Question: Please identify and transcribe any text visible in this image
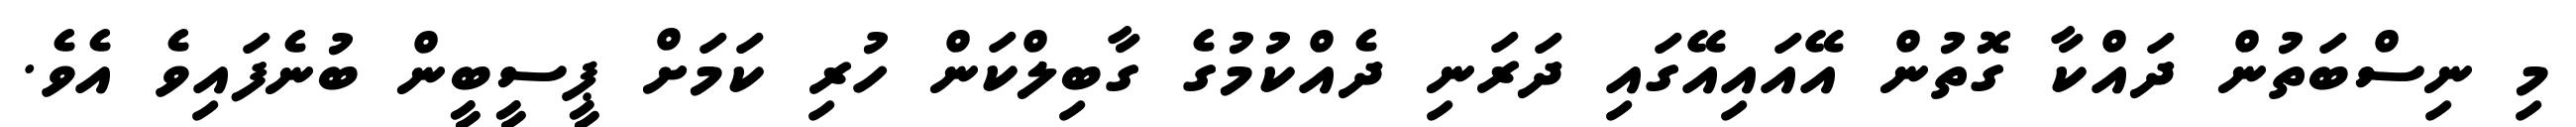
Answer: މި ނިސްބަތުން ދައްކާ ގޮތުން އޭއައިއޭގައި ދަރަނި ދެއްކުމުގެ ގާބިލްކަން ހުރި ކަމަށް ޕީސީބީން ބުނެފައިވެ އެވެ.